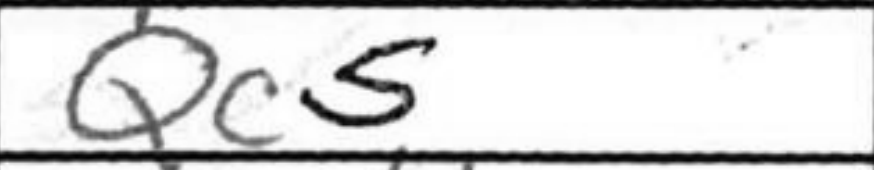
Transcription: Qc5